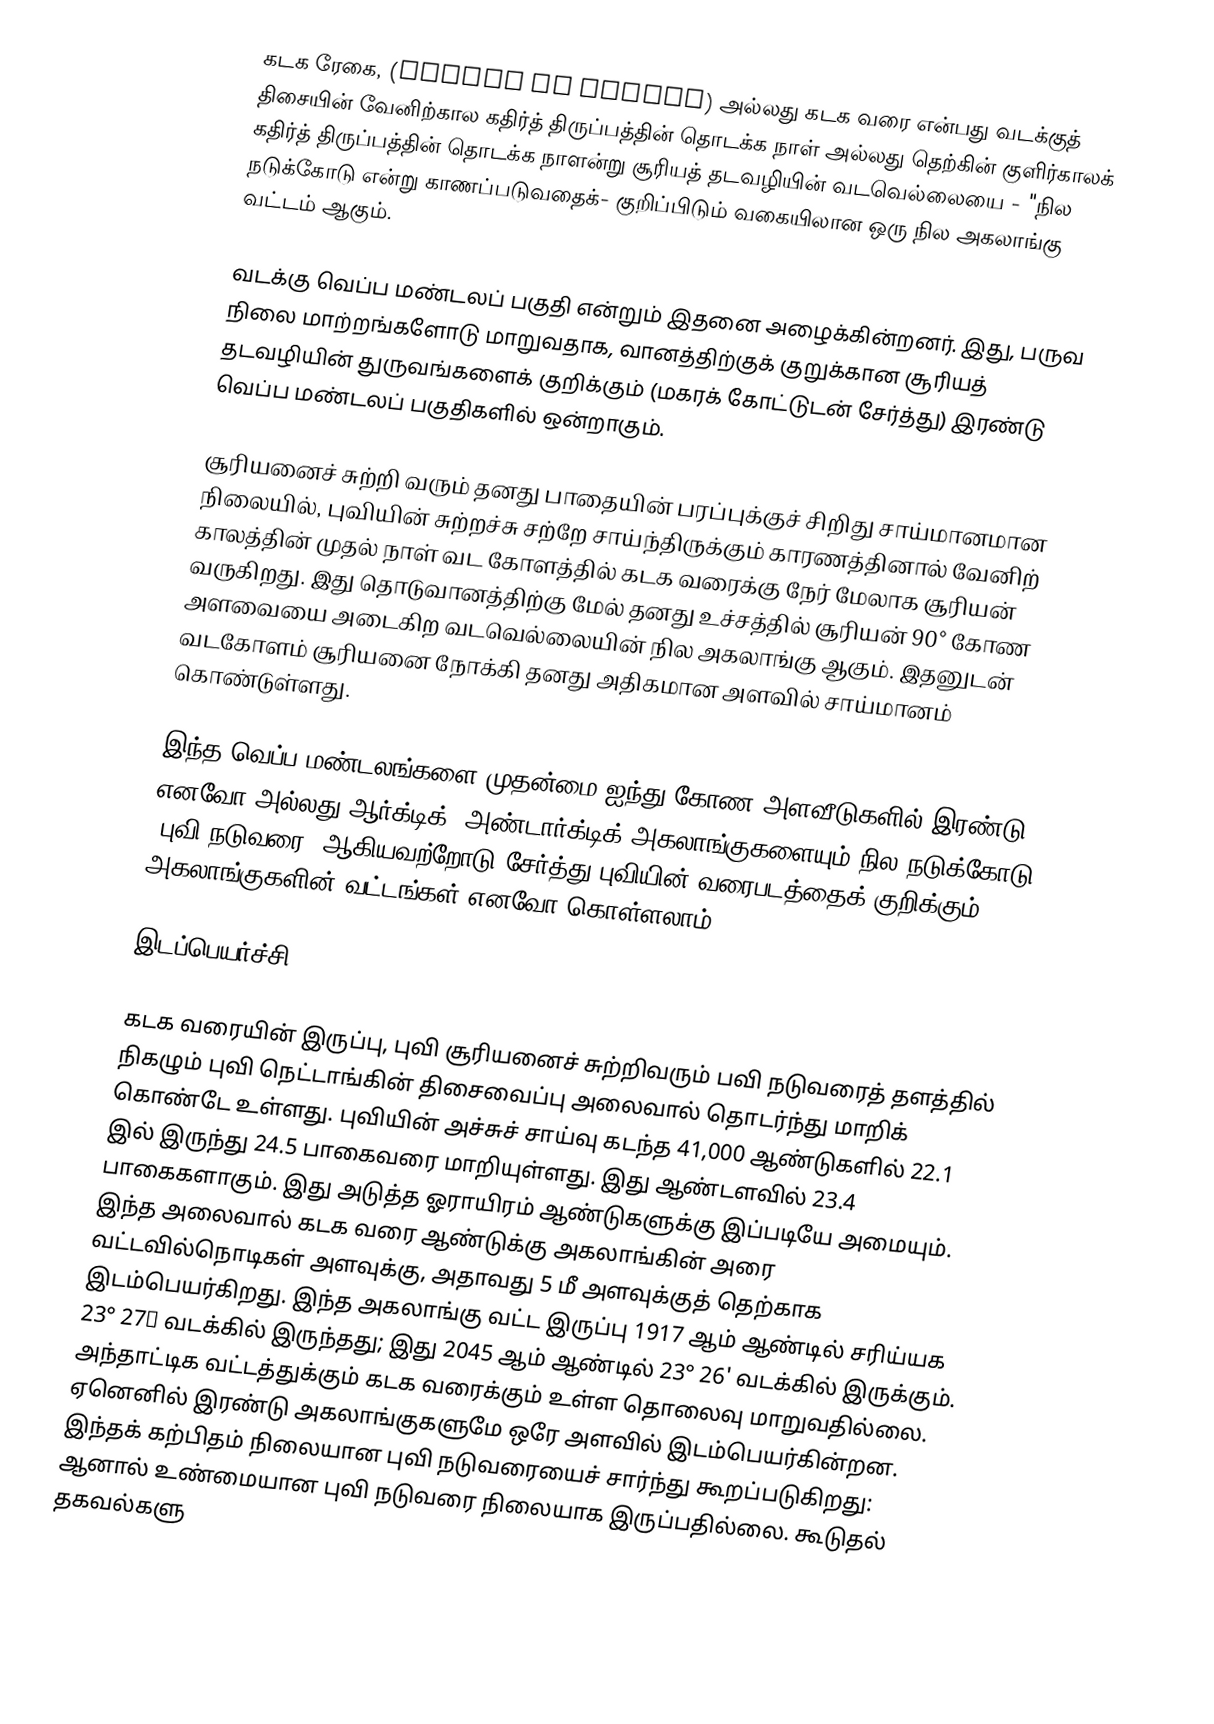
கடக ரேகை, (Tropic of Cancer)  அல்லது கடக வரை என்பது வடக்குத் திசையின் வேனிற்கால கதிர்த் திருப்பத்தின் தொடக்க நாள் அல்லது தெற்கின் குளிர்காலக் கதிர்த் திருப்பத்தின் தொடக்க நாளன்று சூரியத் தடவழியின் வடவெல்லையை - "நில நடுக்கோடு என்று காணப்படுவதைக்- குறிப்பிடும் வகையிலான ஒரு நில  அகலாங்கு வட்டம் ஆகும்.

வடக்கு வெப்ப மண்டலப் பகுதி என்றும் இதனை அழைக்கின்றனர். இது, பருவ நிலை மாற்றங்களோடு மாறுவதாக, வானத்திற்குக் குறுக்கான சூரியத் தடவழியின் துருவங்களைக் குறிக்கும் (மகரக் கோட்டுடன் சேர்த்து) இரண்டு வெப்ப மண்டலப் பகுதிகளில் ஒன்றாகும்.

சூரியனைச் சுற்றி வரும் தனது பாதையின் பரப்புக்குச் சிறிது சாய்மானமான நிலையில், புவியின் சுற்றச்சு சற்றே சாய்ந்திருக்கும் காரணத்தினால் வேனிற் காலத்தின் முதல் நாள் வட கோளத்தில் கடக வரைக்கு நேர் மேலாக சூரியன் வருகிறது. இது தொடுவானத்திற்கு மேல் தனது உச்சத்தில் சூரியன் 90° கோண அளவையை அடைகிற வடவெல்லையின் நில  அகலாங்கு ஆகும். இதனுடன் வடகோளம் சூரியனை நோக்கி தனது அதிகமான அளவில் சாய்மானம் கொண்டுள்ளது.

இந்த வெப்ப மண்டலங்களை முதன்மை ஐந்து கோண அளவீடுகளில் இரண்டு எனவோ அல்லது ஆர்க்டிக், அண்டார்க்டிக்  அகலாங்குகளையும் நில நடுக்கோடு (புவி நடுவரை) ஆகியவற்றோடு சேர்த்து புவியின் வரைபடத்தைக் குறிக்கும் அகலாங்குகளின் வட்டங்கள் எனவோ கொள்ளலாம்.

இடப்பெயர்ச்சி

கடக வரையின் இருப்பு, புவி சூரியனைச் சுற்றிவரும் பவி நடுவரைத் தளத்தில் நிகழும் புவி நெட்டாங்கின் திசைவைப்பு அலைவால்  தொடர்ந்து மாறிக் கொண்டே உள்ளது. புவியின் அச்சுச் சாய்வு கடந்த 41,000 ஆண்டுகளில் 22.1 இல் இருந்து 24.5 பாகைவரை மாறியுள்ளது. இது  ஆண்டளவில் 23.4 பாகைகளாகும். இது அடுத்த ஓராயிரம் ஆண்டுகளுக்கு இப்படியே அமையும்.  இந்த அலைவால் கடக வரை ஆண்டுக்கு அகலாங்கின் அரை வட்டவில்நொடிகள் அளவுக்கு, அதாவது 5 மீ அளவுக்குத் தெற்காக இடம்பெயர்கிறது.  இந்த அகலாங்கு வட்ட இருப்பு 1917 ஆம் ஆண்டில் சரிய்யக 23° 27′ வடக்கில் இருந்தது; இது 2045 ஆம் ஆண்டில் 23° 26' வடக்கில் இருக்கும். அந்தாட்டிக வட்டத்துக்கும் கடக வரைக்கும் உள்ள தொலைவு மாறுவதில்லை. ஏனெனில் இரண்டு அகலாங்குகளுமே ஒரே அளவில் இடம்பெயர்கின்றன. இந்தக் கற்பிதம் நிலையான புவி நடுவரையைச் சார்ந்து கூறப்படுகிறது: ஆனால் உண்மையான புவி நடுவரை நிலையாக இருப்பதில்லை. கூடுதல் தகவல்களு